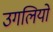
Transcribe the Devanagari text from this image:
उगलियों